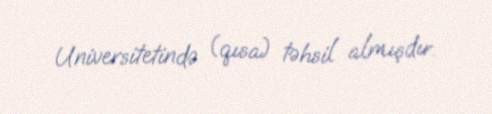
Universitetində (qısa) təhsil almışdır.